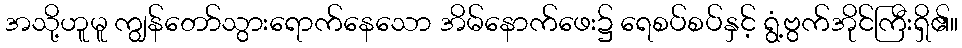
အသို့ဟူမူ ကျွန်တော်သွားရောက်နေသော အိမ်နောက်ဖေး၌ ရေစပ်စပ်နှင့် ရွံ့ဗွက်အိုင်ကြီးရှိ၏။